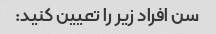
سن افراد زیر را تعیین کنید: